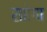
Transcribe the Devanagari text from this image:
सहेगा